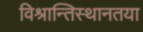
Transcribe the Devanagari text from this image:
विश्रान्तिस्थानतया